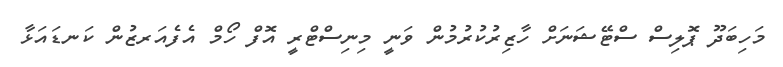
މަހިބަދޫ ޕޮލިސް ސްޓޭޝަނަށް ހާޒިރުކުރުމުން ވަނީ މިނިސްޓްރީ އޮފް ހޯމް އެފެއަރޒުން ކަނޑައަޅާ